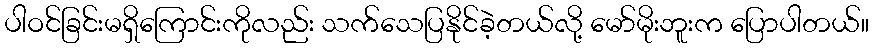
ပါဝင်ခြင်းမရှိကြောင်းကိုလည်း သက်သေပြနိုင်ခဲ့တယ်လို့ မော်မိုးဘူးက ပြောပါတယ်။